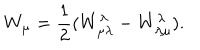
W _ { \mu } = { \frac { 1 } { 2 } } ( W _ { \mu \lambda } ^ { \lambda } - W _ { \lambda \mu } ^ { \lambda } ) .